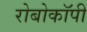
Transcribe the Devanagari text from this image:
रोबोकॉपी